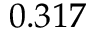
0 . 3 1 7